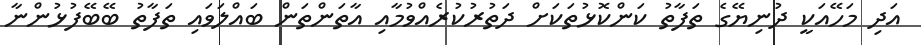
އަދި މަހޭއަކީ ދުނިޔޭގެ ތަފާތު ކަންކޮޅުތަކަށް ދަތުރުކުރެއްވުމާއި އާތަންތަން ބައްލަވައި ތަފާތު ބޭބޭފުޅުންނާ